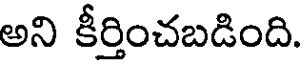
అని కీర్తించబడింది.